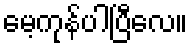
မေ့ကုန်ပါပြီလေ။